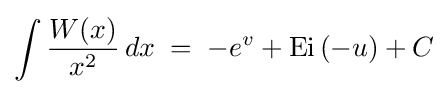
\int {\frac {W(x)}{x^{2}}}\,dx\;=\;-e^{v}+\operatorname {Ei} \left(-u\right)+C